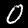
Label: 0